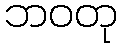
ဘဝတု